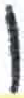
אות: ו